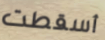
أسقطت